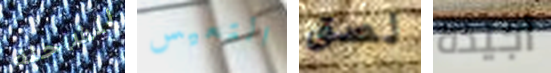
للشاحنة التعيس لصق أجيده